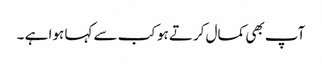
آپ بھی کمال کرتے ہو کب سے کہا ہوا ہے ۔